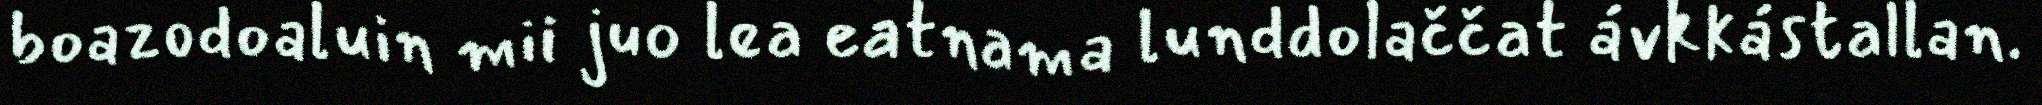
boazodoaluin mii juo lea eatnama lunddolaččat ávkkástallan.